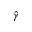
\hat { \gamma }